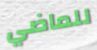
للماضي